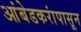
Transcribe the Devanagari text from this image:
आंबेडकरांपासून